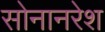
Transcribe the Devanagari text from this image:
सोनानरेश